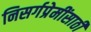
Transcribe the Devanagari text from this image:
निसर्गप्रेमींसाठी